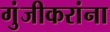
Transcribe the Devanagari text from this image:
गुंजीकरांना